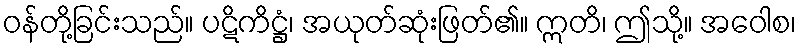
ဝန်တို့ခြင်းသည်။ ပဋိကိဋ္ဌံ၊ အယုတ်ဆုံးဖြတ်၏။ ဣတိ၊ ဤသို့။ အဝေါစ၊